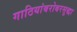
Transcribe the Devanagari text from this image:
गाठियांबरोबरसुद्धा